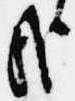
哉